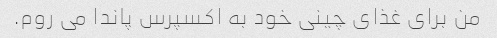
من برای غذای چینی خود به اکسپرس پاندا می روم.